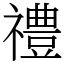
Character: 禮